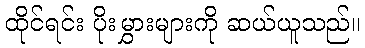
ထိုင်ရင်း ပိုးမွှားများကို ဆယ်ယူသည်။